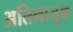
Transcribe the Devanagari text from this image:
अतिनाजूक